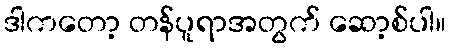
ဒါကတော့ တန်ပူရာအတွက် ဆော့စ်ပါ။